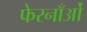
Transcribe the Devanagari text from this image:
फेरनाँओं